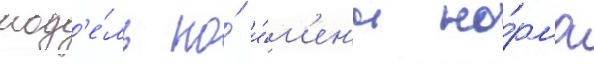
мод'е́ль по́ и́м'ен'и но́рма